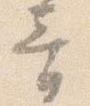
音